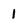
Character: 1